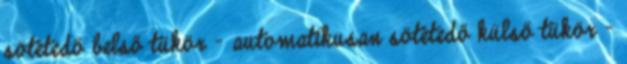
sötétedő belső tükör – automatikusan sötétedő külső tükör –